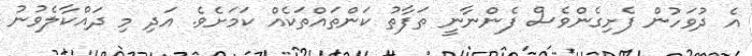
އެ ދުވަހުން ފެށިގެންވެސް ފެންނާނީ ތަފާތު ކަންތައްތަކެއް ކަމަށެވެ. އަދި މި ދައްކާލެވުނު